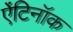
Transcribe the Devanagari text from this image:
ऐंटिनॉक